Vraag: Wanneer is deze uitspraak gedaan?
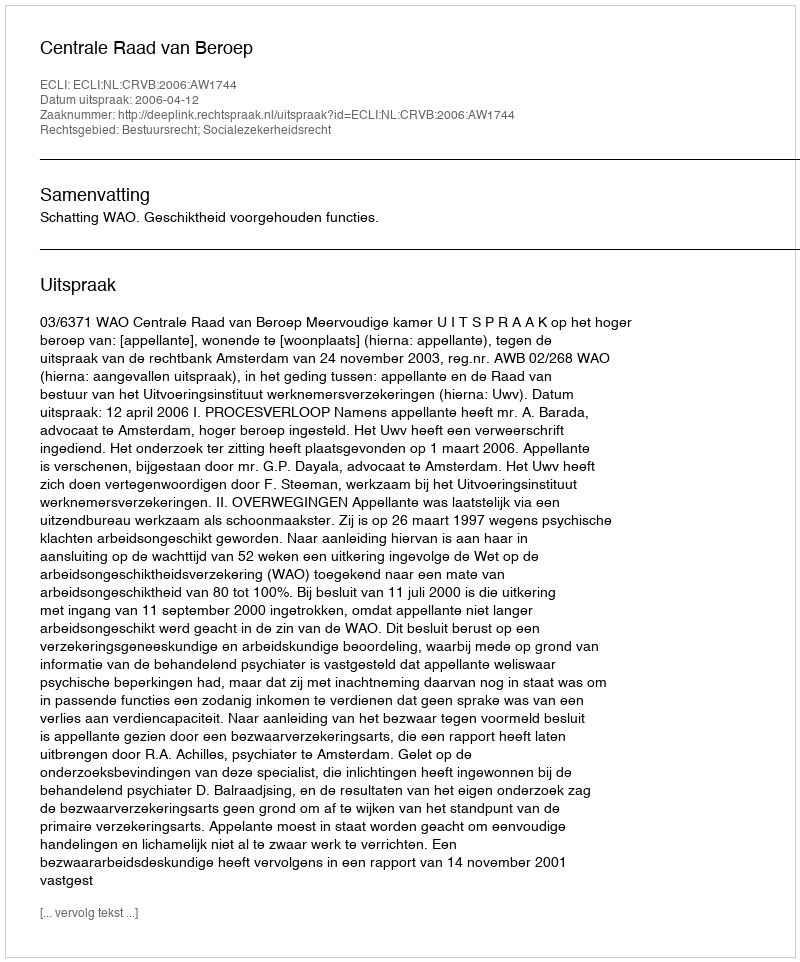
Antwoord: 2006-04-12